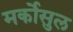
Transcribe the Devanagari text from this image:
मर्कोसुल